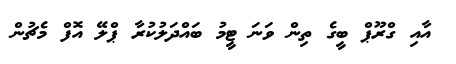
އާއި ގްރޫޕް ބީގެ ތިން ވަނަ ޓީމު ބައްދަލުކުރާ ޕްލޭ އޮފް މެޗުން